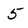
Character: 5